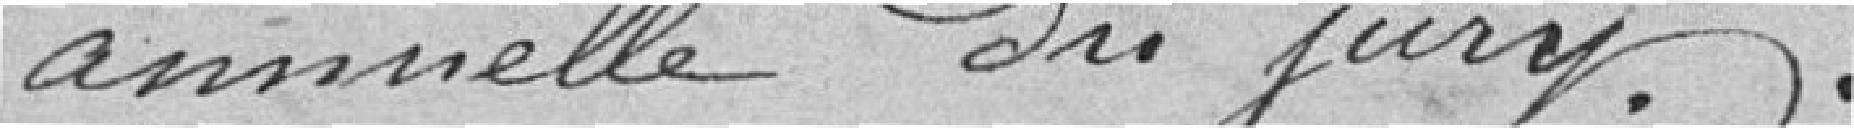
annuelle du jury.